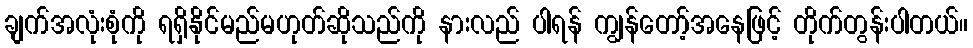
ချက်အလုံးစုံကို ရရှိနိုင်မည်မဟုတ်ဆိုသည်ကို နားလည် ပါရန် ကျွန်တော့်အနေဖြင့် တိုက်တွန်းပါတယ်။